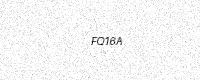
Text: FQ16A